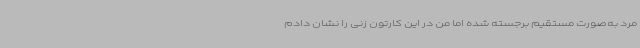
مرد به‌صورت مستقیم برجسته شده اما من در این کارتون زنی را نشان دادم